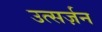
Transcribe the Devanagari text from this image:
उत्सर्ज़न